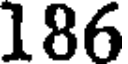
186